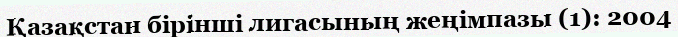
Қазақстан бірінші лигасының жеңімпазы (1): 2004